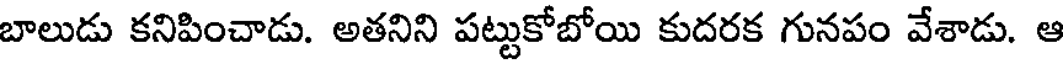
బాలుడు కనిపించాడు. అతనిని పట్టుకోబోయి కుదరక గునపం వేశాడు. ఆ